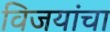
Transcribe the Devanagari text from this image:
विजयांचा